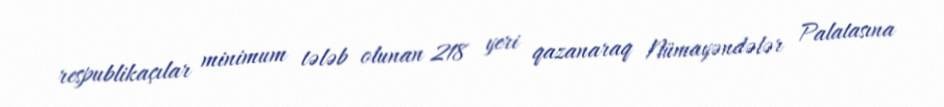
respublikaçılar minimum tələb olunan 218 yeri qazanaraq Nümayəndələr Palatasına